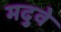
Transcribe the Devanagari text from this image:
मदुवे